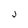
Character: J